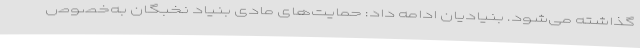
گذاشته می‌شود. بنیادیان ادامه داد: حمایت‌های مادی بنیاد نخبگان به‌خصوص